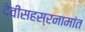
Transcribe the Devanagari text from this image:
देवीसहस्रनामांत